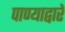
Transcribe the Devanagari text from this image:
पाण्याद्वारे